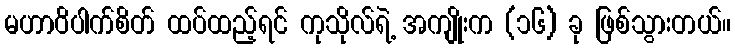
မဟာဝိပါက်စိတ် ထပ်ထည့်ရင် ကုသိုလ်ရဲ့ အကျိုးက (၁၆) ခု ဖြစ်သွားတယ်။